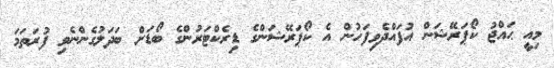
މިއީ ޙައްޖު ކޯޕަރޭޝަން އުފައްދެވިފަހުން އެ ކޯޕަރޭޝަންގެ ޑިރެކްޓަރުންގެ ބޯޑަށް ބަދަލުގެންނެވި ފުރަތަމަ